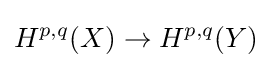
H^{p,q}(X)\to H^{p,q}(Y)